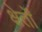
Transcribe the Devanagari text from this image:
क्षेर्तों